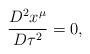
LaTeX: \begin{align*}\frac{D^{2}x^{\mu }}{D\tau ^{2}}=0, \end{align*}